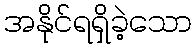
အနိုင်ရရှိခဲ့သော